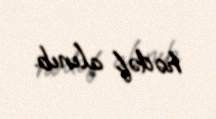
hədəf alınıb.